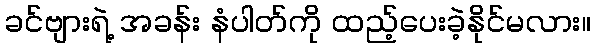
ခင်ဗျားရဲ့ အခန်း နံပါတ်ကို ထည့်ပေးခဲ့နိုင်မလား။